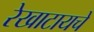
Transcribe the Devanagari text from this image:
रेखाटायचे